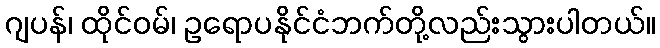
ဂျပန်၊ ထိုင်ဝမ်၊ ဥရောပနိုင်ငံဘက်တို့လည်းသွားပါတယ်။